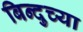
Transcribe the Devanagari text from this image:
बिन्दुच्या